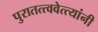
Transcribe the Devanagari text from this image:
पुरातत्त्ववेत्त्यांनी